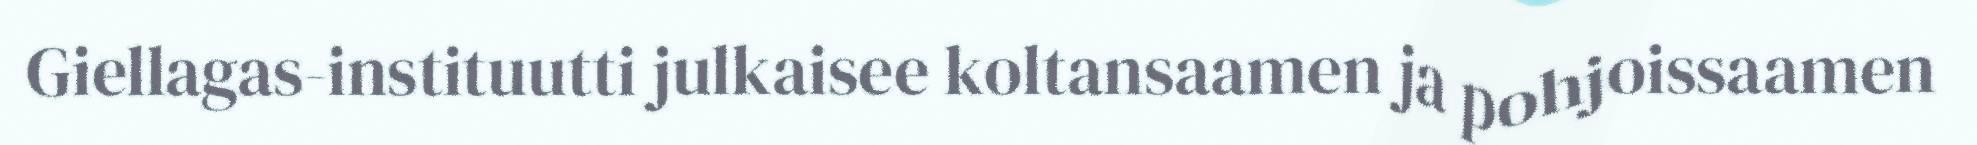
Giellagas-instituutti julkaisee koltansaamen ja pohjoissaamen